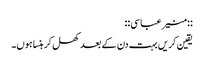
::منیر عباسی::
یقین کریں بہت دن کے بعد کھل کر ہنسا ہوں۔